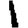
Digit: 1